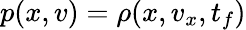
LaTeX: p(x,v)=\rho(x,v_{x},t_{f})